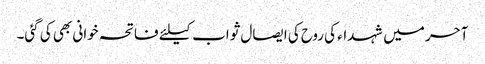
آحر میں شہداء کی روح کی ایصال ثواب کیلئے فاتحہ خوانی بھی کی گئی۔